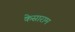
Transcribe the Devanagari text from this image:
केसाराम